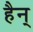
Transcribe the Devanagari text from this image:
हैन्